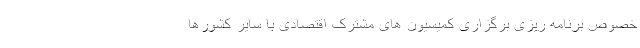
خصوص برنامه ریزی برگزاری کمیسیون های مشترک اقتصادی با سایر کشورها